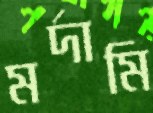
মর্দামি